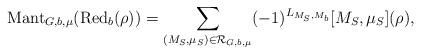
LaTeX: \begin{align*}\mathrm{Mant}_{G, b, \mu}( \mathrm{Red}_b(\rho))= \sum\limits_{(M_S, \mu_S) \in \mathcal{R}_{G, b, \mu}} (-1)^{L_{M_S, M_b}}[M_S, \mu_S](\rho), \end{align*}